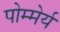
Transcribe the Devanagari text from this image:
पोम्मेर्य